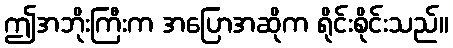
ဤအဘိုးကြီးက အပြောအဆိုက ရိုင်းစိုင်းသည်။